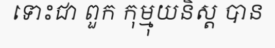
ទោះជា ពួក កុម្មុយនិស្ត បាន